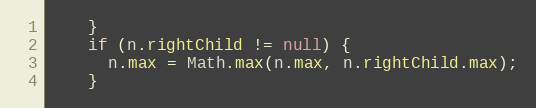
Language: Java
    }
    if (n.rightChild != null) {
      n.max = Math.max(n.max, n.rightChild.max);
    }